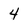
Character: 4